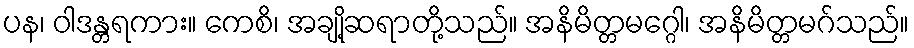
ပန၊ ဝါဒန္တရကား။ ကေစိ၊ အချို့ဆရာတို့သည်။ အနိမိတ္တမဂ္ဂေါ၊ အနိမိတ္တမဂ်သည်။